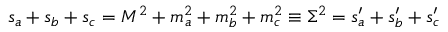
s _ { a } + s _ { b } + s _ { c } = M ^ { 2 } + m _ { a } ^ { 2 } + m _ { b } ^ { 2 } + m _ { c } ^ { 2 } \equiv \Sigma ^ { 2 } = s _ { a } ^ { \prime } + s _ { b } ^ { \prime } + s _ { c } ^ { \prime }